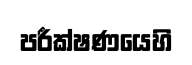
පරීක්ෂණයෙහි